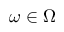
\omega \in \Omega